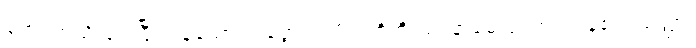
ကျောက်ညိုဖြင့် ပြီးကုန်သော။ ပတ္တေ၊ သပိတ်တို့ကို။ ဥပနာမေသုံ၊ ကပ်ကုန်၏။ သတ္ထာ၊